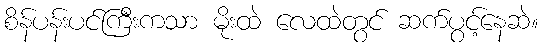
စိန်ပန်းပင်ကြီးကသာ မိုးထဲ လေထဲတွင် ဆက်ပွင့်နေဆဲ။